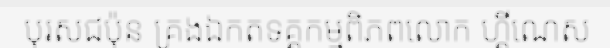
បុរសជប៉ុន គ្រងឯកតទគ្គកម្មពិភពលោក ហ្គីណេស